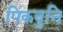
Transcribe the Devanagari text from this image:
पिकवुनि